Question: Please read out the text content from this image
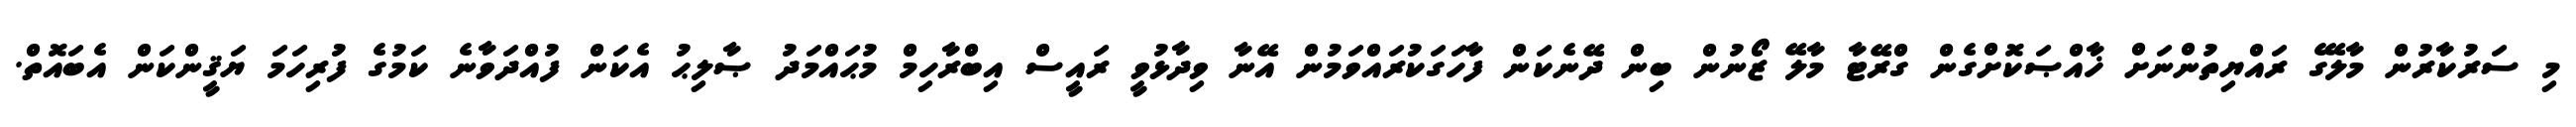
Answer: މި ސަރުކާރުން މާލޭގެ ރައްޔިތުންނަށް ޚާއްޞަކޮށްގެން ގްރޭޓާ މާލޭ ޒޯނުން ބިން ދޭނެކަން ފާހަގަކުރައްވަމުން އޭނާ ވިދާޅުވީ ރައީސް އިބްރާހިމް މުޙައްމަދު ޞާލިޙު އެކަން ފުއްދަވާނެ ކަމުގެ ފުރިހަމަ ޔަޤީންކަން އެބައޮތް.